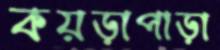
কয়ড়াপাড়া